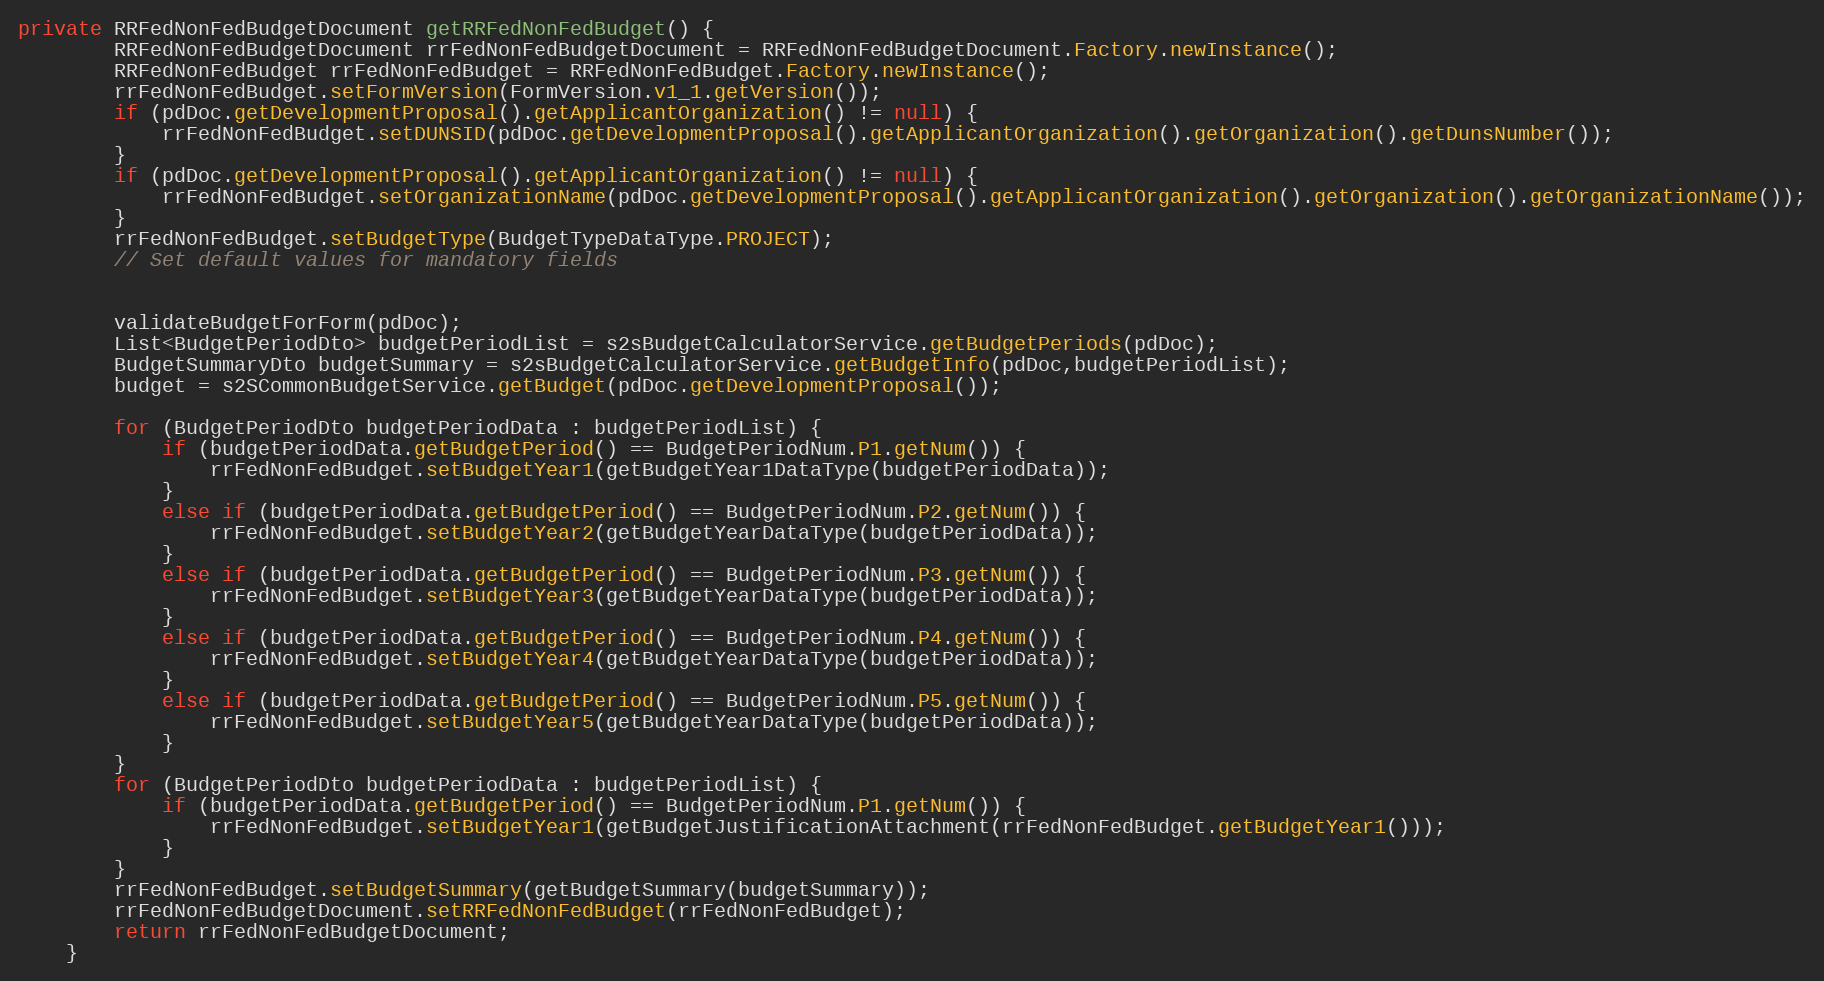
Language: Java
private RRFedNonFedBudgetDocument getRRFedNonFedBudget() {
        RRFedNonFedBudgetDocument rrFedNonFedBudgetDocument = RRFedNonFedBudgetDocument.Factory.newInstance();
        RRFedNonFedBudget rrFedNonFedBudget = RRFedNonFedBudget.Factory.newInstance();
        rrFedNonFedBudget.setFormVersion(FormVersion.v1_1.getVersion());
        if (pdDoc.getDevelopmentProposal().getApplicantOrganization() != null) {
            rrFedNonFedBudget.setDUNSID(pdDoc.getDevelopmentProposal().getApplicantOrganization().getOrganization().getDunsNumber());
        }
        if (pdDoc.getDevelopmentProposal().getApplicantOrganization() != null) {
            rrFedNonFedBudget.setOrganizationName(pdDoc.getDevelopmentProposal().getApplicantOrganization().getOrganization().getOrganizationName());
        }
        rrFedNonFedBudget.setBudgetType(BudgetTypeDataType.PROJECT);
        // Set default values for mandatory fields

        validateBudgetForForm(pdDoc);
        List<BudgetPeriodDto> budgetPeriodList = s2sBudgetCalculatorService.getBudgetPeriods(pdDoc);
        BudgetSummaryDto budgetSummary = s2sBudgetCalculatorService.getBudgetInfo(pdDoc,budgetPeriodList);
        budget = s2SCommonBudgetService.getBudget(pdDoc.getDevelopmentProposal());

        for (BudgetPeriodDto budgetPeriodData : budgetPeriodList) {
            if (budgetPeriodData.getBudgetPeriod() == BudgetPeriodNum.P1.getNum()) {
                rrFedNonFedBudget.setBudgetYear1(getBudgetYear1DataType(budgetPeriodData));
            }
            else if (budgetPeriodData.getBudgetPeriod() == BudgetPeriodNum.P2.getNum()) {
                rrFedNonFedBudget.setBudgetYear2(getBudgetYearDataType(budgetPeriodData));
            }
            else if (budgetPeriodData.getBudgetPeriod() == BudgetPeriodNum.P3.getNum()) {
                rrFedNonFedBudget.setBudgetYear3(getBudgetYearDataType(budgetPeriodData));
            }
            else if (budgetPeriodData.getBudgetPeriod() == BudgetPeriodNum.P4.getNum()) {
                rrFedNonFedBudget.setBudgetYear4(getBudgetYearDataType(budgetPeriodData));
            }
            else if (budgetPeriodData.getBudgetPeriod() == BudgetPeriodNum.P5.getNum()) {
                rrFedNonFedBudget.setBudgetYear5(getBudgetYearDataType(budgetPeriodData));
            }
        }
        for (BudgetPeriodDto budgetPeriodData : budgetPeriodList) {
            if (budgetPeriodData.getBudgetPeriod() == BudgetPeriodNum.P1.getNum()) {
                rrFedNonFedBudget.setBudgetYear1(getBudgetJustificationAttachment(rrFedNonFedBudget.getBudgetYear1()));
            }
        }
        rrFedNonFedBudget.setBudgetSummary(getBudgetSummary(budgetSummary));
        rrFedNonFedBudgetDocument.setRRFedNonFedBudget(rrFedNonFedBudget);
        return rrFedNonFedBudgetDocument;
    }